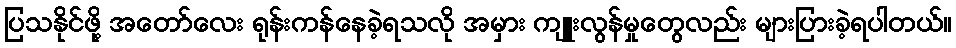
ပြသနိုင်ဖို့ အတော်လေး ရုန်းကန်နေခဲ့ရသလို အမှား ကျူးလွန်မှုတွေလည်း များပြားခဲ့ရပါတယ်။